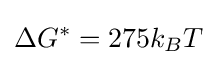
\Delta G^{*}=275k_{B}T